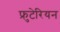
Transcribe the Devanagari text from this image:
फ्रुटेरियन